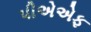
પીએએફ